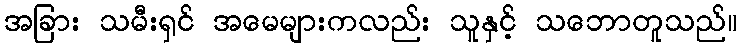
အခြား သမီးရှင် အမေများကလည်း သူနှင့် သဘောတူသည်။